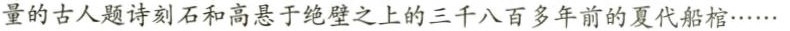
量的古人题诗刻石和高悬于绝壁之上的三千八百多年前的夏代船棺……